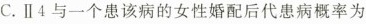
C.Ⅱ4与一个患该病的女性婚配后代患病概率为